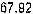
67.92